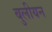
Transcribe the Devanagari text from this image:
बुलीयन